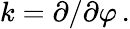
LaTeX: k=\partial/\partial\varphi\, .